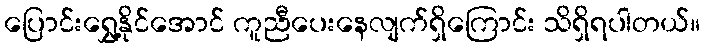
ပြောင်းရွှေ့နိုင်အောင် ကူညီပေးနေလျက်ရှိကြောင်း သိရှိရပါတယ်။